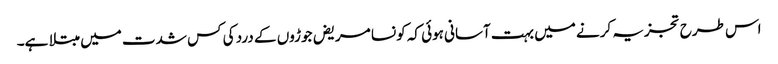
اس طرح تجزیہ کرنے میں بہت آسانی ہوئی کہ کونسا مریض جوڑوں کے درد کی کس شدت میں مبتلا ہے۔